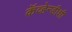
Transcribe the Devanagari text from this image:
कॅव्हेन्डीशी